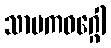
သာမကဝဂ္ဂေါ